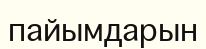
пайымдарын